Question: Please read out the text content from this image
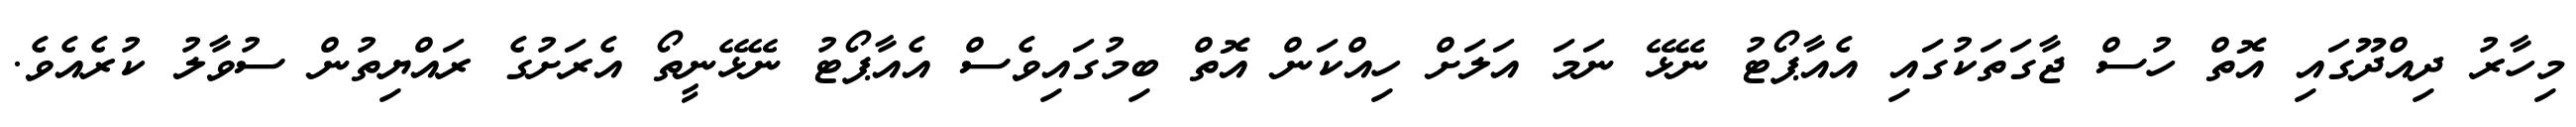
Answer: މިހާރު ދިއްދޫގައި އޮތް ހުސް ޖާގަތަކުގައި އެއާޕޯޓު ނޭޅޭ ނަމަ އަލަށް ހިއްކަން އޮތް ބިމުގައިވެސް އެއާޕޯޓު ނޭޅޭނީތޯ އެރަށުގެ ރައްޔިތުން ސުވާލު ކުރެއެވެ.